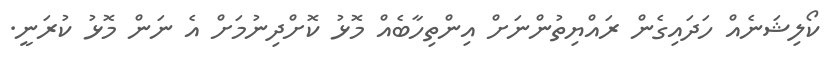
ކޯލިޝަނެއް ހަދައިގެން ރައްޔިތުންނަށް އިންތިހާބެއް މޮޅު ކޮށްދިނުމަށް އެ ނަން މޮޅު ކުރަނީ.